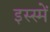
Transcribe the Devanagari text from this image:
इस्स्में